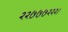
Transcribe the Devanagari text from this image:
२२७७७२२२।